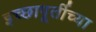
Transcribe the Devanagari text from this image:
इच्छापूर्तीच्या